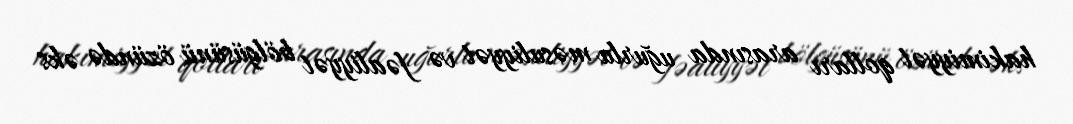
hakimiyyət qolları arasında uğurlu məsuliyyət və fəaliyyət bölgüsünü özündə əks